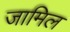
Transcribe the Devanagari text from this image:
जामिल